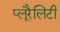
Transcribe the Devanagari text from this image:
प्लूरैलिटी